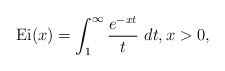
\begin{align*}{\rm Ei}(x)=\int_{1}^{\infty}\frac{e^{-xt}}{t}\ dt,x>0,\end{align*}